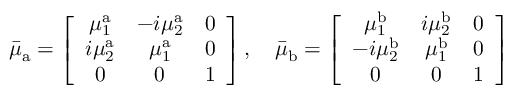
\bar { \mu } _ { \mathrm { a } } = \left[ \begin{array} { c c c } { \mu _ { 1 } ^ { \mathrm { a } } } & { - i \mu _ { 2 } ^ { \mathrm { a } } } & { 0 } \\ { i \mu _ { 2 } ^ { \mathrm { a } } } & { \mu _ { 1 } ^ { \mathrm { a } } } & { 0 } \\ { 0 } & { 0 } & { 1 } \end{array} \right] , \quad \bar { \mu } _ { \mathrm { b } } = \left[ \begin{array} { c c c } { \mu _ { 1 } ^ { \mathrm { b } } } & { i \mu _ { 2 } ^ { \mathrm { b } } } & { 0 } \\ { - i \mu _ { 2 } ^ { \mathrm { b } } } & { \mu _ { 1 } ^ { \mathrm { b } } } & { 0 } \\ { 0 } & { 0 } & { 1 } \end{array} \right]